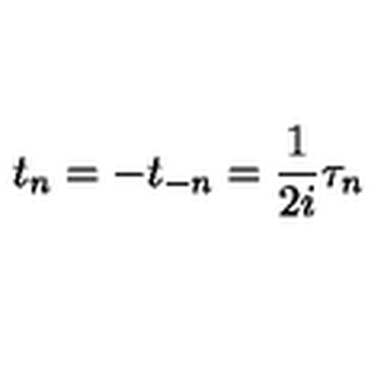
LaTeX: t _ { n } = - t _ { - n } = \frac { 1 } { 2 i } \tau _ { n }